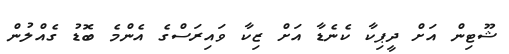
ޝޫޓިން އަށް ދީޕިކާ ކެނެޑާ އަށް ޒިކާ ވައިރަސްގެ އެންމެ ބޮޑު ގެއްލުން